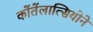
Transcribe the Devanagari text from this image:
कोंतेंलात्सियोने